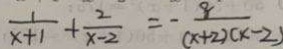
\frac { 1 } { x + 1 } + \frac { 2 } { x - 2 } = - \frac { 8 } { ( x + 2 ) ( x - 2 ) }